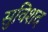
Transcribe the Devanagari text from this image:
सुविशद